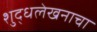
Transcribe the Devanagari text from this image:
शुद्धलेखनाचा